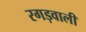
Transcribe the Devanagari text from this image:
रगड़वाली